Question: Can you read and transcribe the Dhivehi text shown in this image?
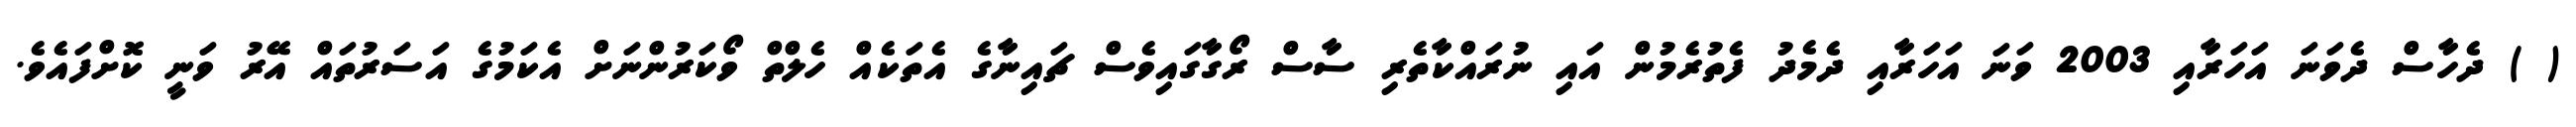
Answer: ( ) ދެހާސް ދެވަނަ އަހަރާއި 2003 ވަނަ އަހަރާއި ދެމެދު ފެތުރެމުން އައި ނުރައްކާތެރި ސާސް ރޯގާގައިވެސް ޗައިނާގެ އެތަކެއް ހެލްތް ވޯކަރުންނަށް އެކަމުގެ އަސަރުތައް އޭރު ވަނީ ކޮށްފައެވެ.